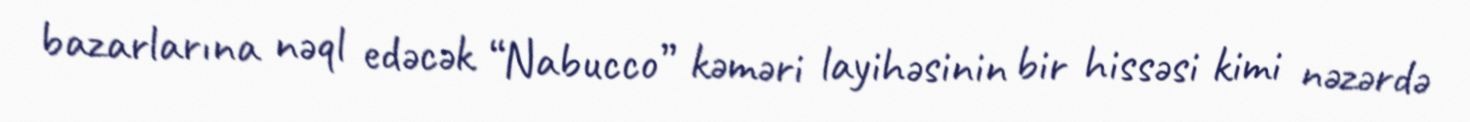
bazarlarına nəql edəcək “Nabucco” kəməri layihəsinin bir hissəsi kimi nəzərdə